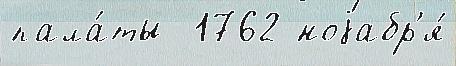
пала́ты  1762 ноjабр'я́